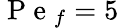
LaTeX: \mathrm{~P~e~}_{f}=5